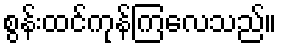
စွန်းထင်ကုန်ကြလေသည်။